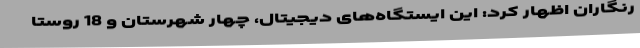
رنگاران اظهار کرد: این ایستگاه‌های دیجیتال، چهار شهرستان و 18 روستا